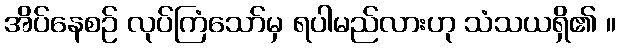
အိပ်နေစဉ် လုပ်ကြံသော်မှ ရပါမည်လားဟု သံသယရှိ၏ ။